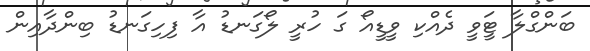
ބަންގްލާ ޓީަވީ ދެއްކި ވީޑީއޯ ގަ ހުރީ ލޯގަނޑު އާ ފިހިގަނޑު ބިންދާއިން